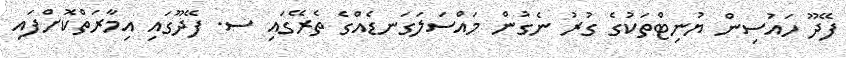
ފޭދޫ ހައުސިން ޔުނިޓްތަކުގެ ގުރު ނެގުން މައްސަލަގަނޑެއްގެ ތެރޭގައި ސ. ފޭދޫގައި އިމާރަތްކޮށްފައި